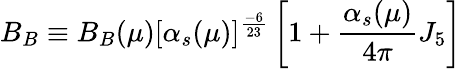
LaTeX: B_{B}\equiv B_{B}(\mu)[\alpha_{s}(\mu)]^{\frac{-6}{23}}\left[1+\frac{\alpha_{s}(\mu)}{4\pi}J_{5}\right]